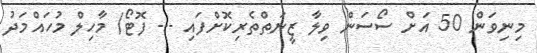
މިނިވަން 50 އަށް ސޯސަން ވިލާ ޒީނަތްތެރިކޮށްފައި --- ފޮޓޯ/ މާހިލް މުހައްމަދު